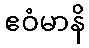
ဧဝံမာနိ